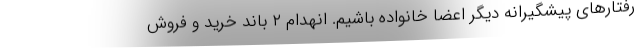
رفتارهای پیشگیرانه دیگر اعضا خانواده باشیم. انهدام ۲ باند خرید و فروش